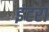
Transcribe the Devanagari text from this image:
इंटरा